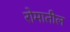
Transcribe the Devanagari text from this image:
रोमातील